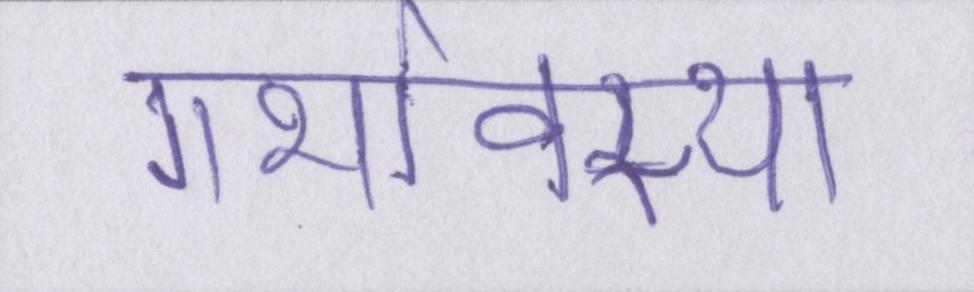
गर्भावस्था